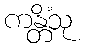
ကန္တိံသု